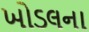
ખોડલના